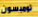
تومبسون